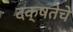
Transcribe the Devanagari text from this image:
दक्षतेचे